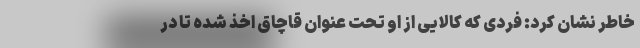
خاطر نشان کرد: فردی که کالایی از او تحت عنوان قاچاق اخذ شده تا در